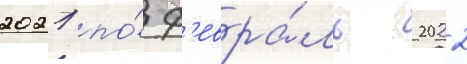
2021 по́ ф'евра́ль 2022